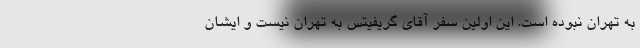
به تهران نبوده است. این اولین سفر آقای گریفیتس به تهران نیست و ایشان